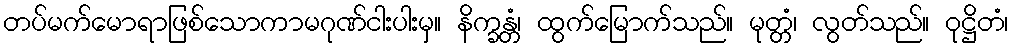
တပ်မက်မောရာဖြစ်သောကာမဂုဏ်ငါးပါးမှ။ နိက္ခန္တံ၊ ထွက်မြောက်သည်။ မုတ္တံ၊ လွတ်သည်။ ဝုဋ္ဌိတံ၊